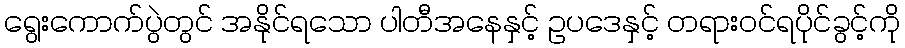
ရွေးကောက်ပွဲတွင် အနိုင်ရသော ပါတီအနေနှင့် ဥပဒေနှင့် တရားဝင်ရပိုင်ခွင့်ကို